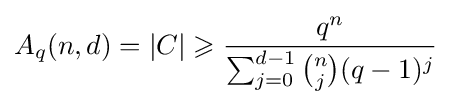
A_{q}(n,d)=|C|\geqslant {\frac {q^{n}}{\sum _{j=0}^{d-1}{\binom {n}{j}}(q-1)^{j}}}